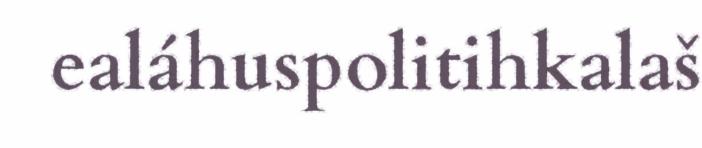
ealáhuspolitihkalaš